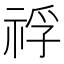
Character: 𥚀